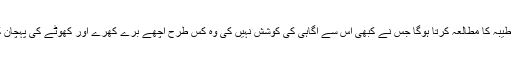
جو سیرت طیبہ کا مطالعہ کرتا ہوگا جس نے کبھی اس سے آگاہی کی کوشش نہیں کی وہ کس طرح اچھے برے کھرے اور کھوٹے کی پہچان کرپائے گا۔